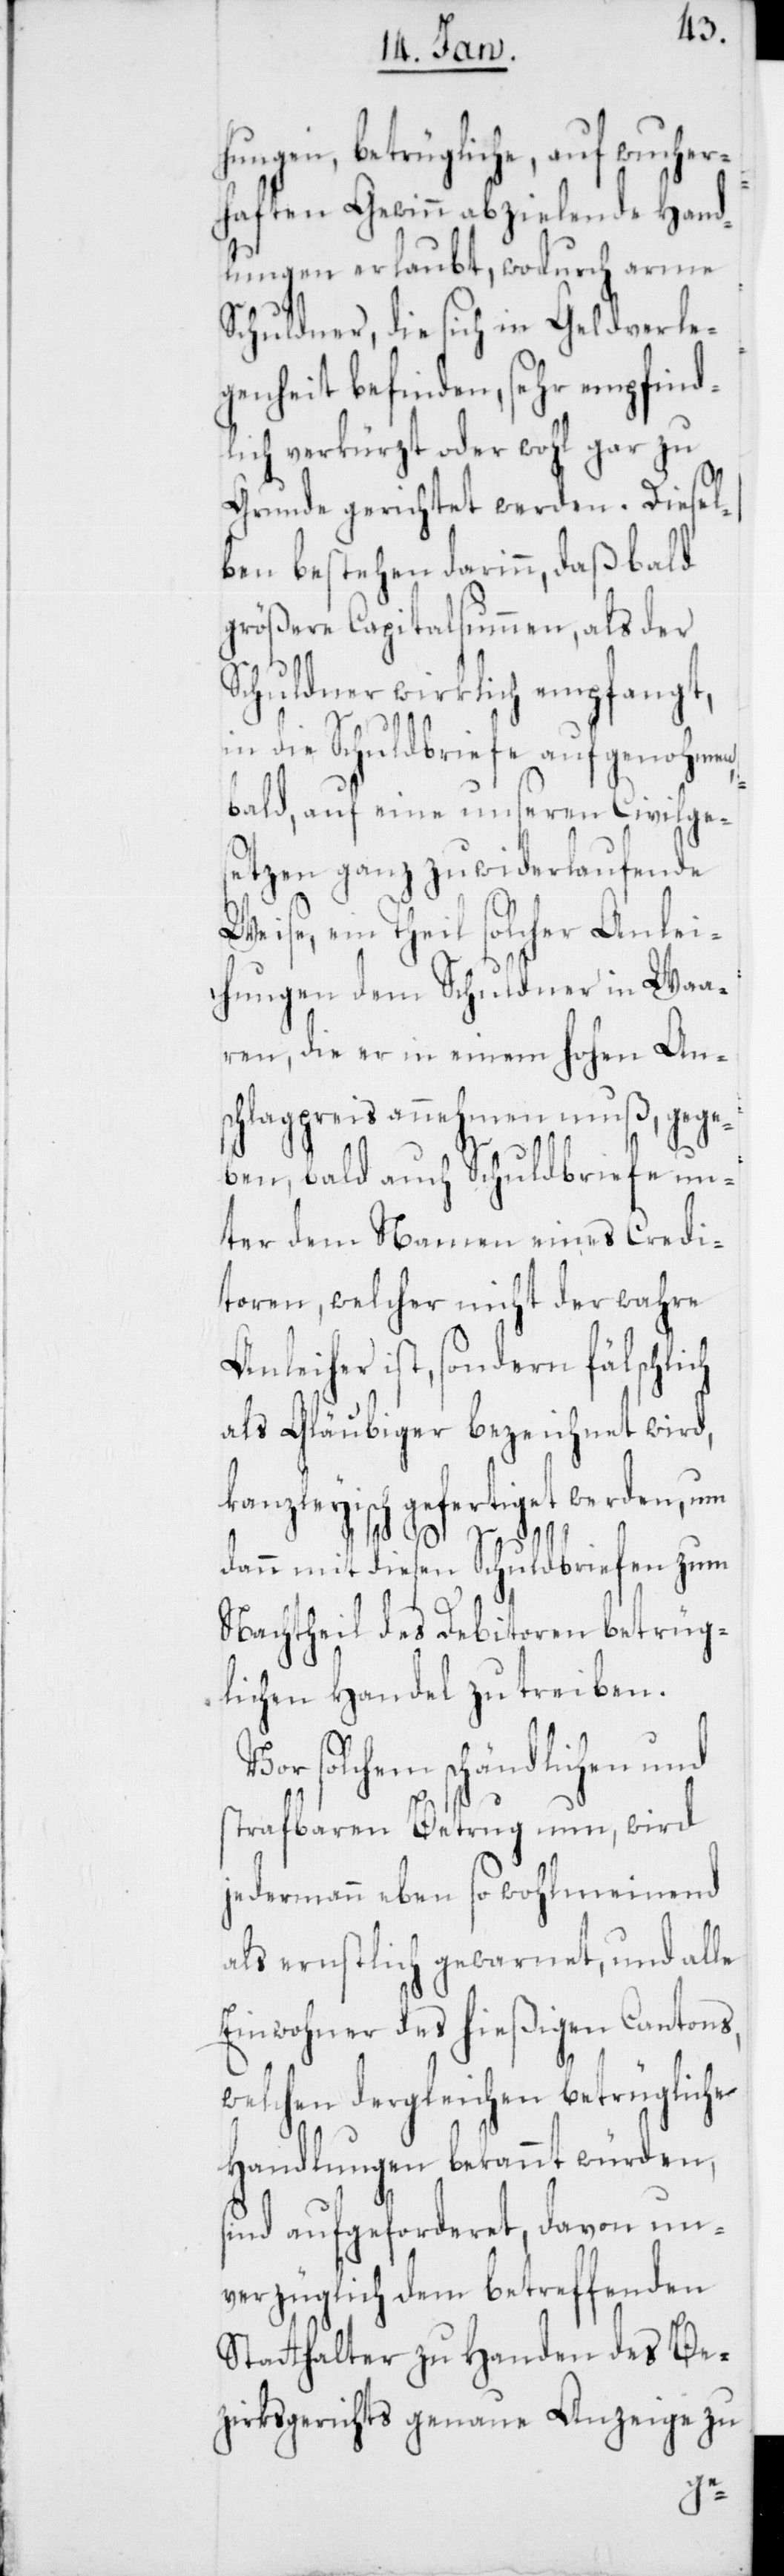
hungen, betrügliche, auf wucher¬
haften Gewinn abzielende Hand¬
lungen erlaubt, wodurch arme
Schuldner, die sich in Geldverle¬
genheit befinden, sehr empfind¬
lich verkürzt oder wohl gar zu
Grunde gerichtet werden. Diesel¬
ben bestehen darinn, daß bald
größere Capitalsummen, als der
Schuldner wirklich empfangt,
in die Schuldbriefe aufgenohmen,
bald, auf eine unseren Civilge¬
setzen ganz zuwiderlaufende
Weise, ein Theil solcher Anlei¬
hungen dem Schuldner in Waa¬
ren, die er in einem hohen An¬
schlagpreis annehmen muß, gege¬
ben, bald auch Schuldbriefe un¬
ter dem Namen eines Credi¬
toren, welcher nicht der wahre
Anleiher ist, sondern fälschlich
als Gläubiger bezeichnet wird,
kanzleyisch gefertiget werden, um
dann mit diesen Schuldbriefen zum
Nachtheil des Debitoren betrüg¬
lichen Handel zu treiben.
Vor solchem schändlichen und
strafbaren Betrug nun, wird
jedermann eben so wohlmeinend
als ernstlich gewarnet, und alle
Einwohner des hießigen Cantons,
welchen dergleichen betrügliche
Handlungen bekannt würden,
ind aufgeforderet, davon un¬
verzüglich dem betreffenden
Statthalter zu Handen des Be¬
zirksgerichts genaue Anzeige zu
s¬